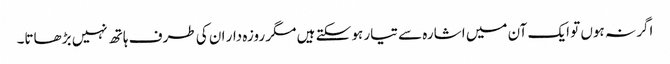
اگر نہ ہوں تو ایک آن میں اشارہ سے تیار ہو سکتے ہیں مگر روزہ دار ان کی طرف ہاتھ نہیں بڑھاتا۔